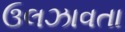
ઉલઝાવતા